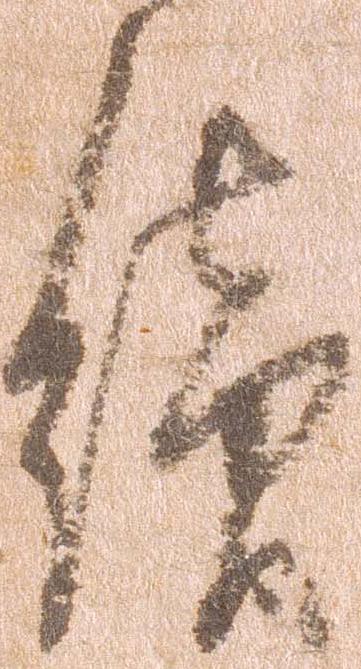
続